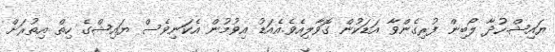
ޔައިޝް.ހުދާ ލޯބިން ފުރިގެންވާ އަޑަކުން ގޮވާލިއެވެ.އެއަޑު އިވުމުން އެކަނިވެސް ޔައިޝްގެ ހިތް އިތުރަށް